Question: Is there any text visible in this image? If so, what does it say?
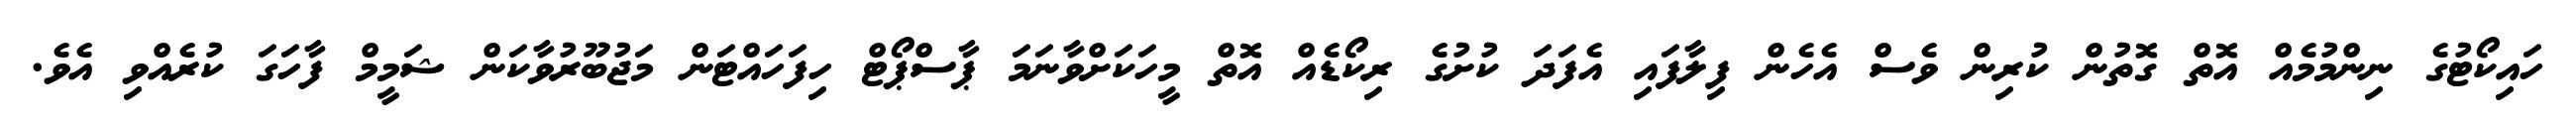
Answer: ހައިކޯޓުގެ ނިންމުމެއް އޮތް ގޮތުން ކުރިން ވެސް އެހެން ފިލާފައި އެފަދަ ކުށުގެ ރިކޯޑެއް އޮތް މީހަކަށްވާނަމަ ޕާސްޕޯޓް ހިފަހައްޓަން މަޖުބޫރުވާކަން ޝަމީމް ފާހަގަ ކުރެއްވި އެވެ.